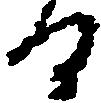
る